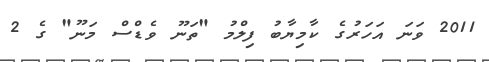
2011 ވަނަ އަހަރުގެ ކާމިޔާބު ފިލްމު "ތަނޫ ވެޑްސް މަނޫ" ގެ 2